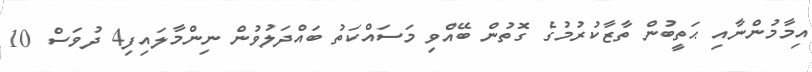
އިމާމުންނާއި ޙަތީބުން ތާޒާކުރުމުގެ ގޮތުން ބޭއްވި މަސައްކަތު ބައްދަލުވުން ނިންމާލައިފި4 ދުވަސް 10